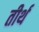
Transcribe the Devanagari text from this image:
तीर्थ